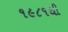
૧૯૮૧થી